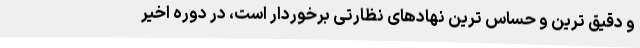
و دقیق ترین و حساس ترین نهادهای نظارتی برخوردار است، در دوره اخیر